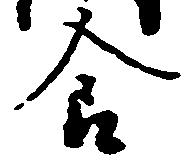
食